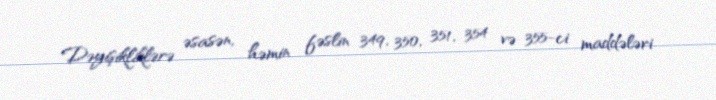
Dəyişikliklərə əsasən, həmin fəslin 349, 350, 351, 354 və 355-ci maddələri